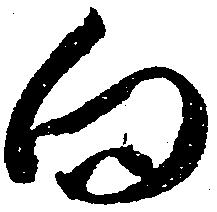
向